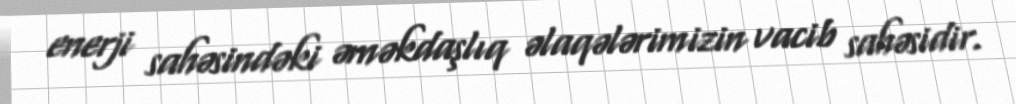
enerji sahəsindəki əməkdaşlıq əlaqələrimizin vacib sahəsidir.